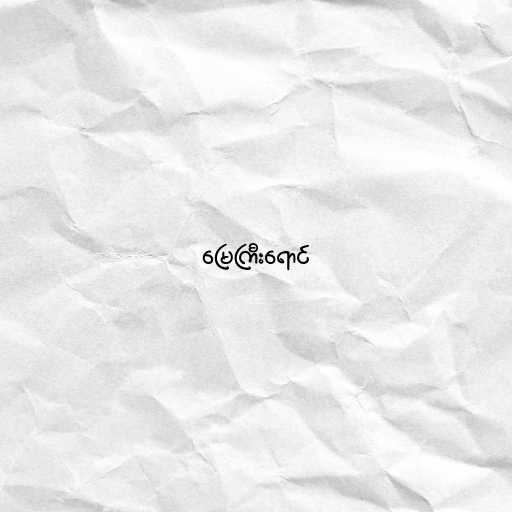
မြေကြီးရောင်